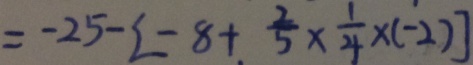
= - 2 5 - [ - 8 + \frac { 2 } { 5 } \times \frac { 1 } { 4 } \times ( - 2 ) ]